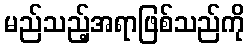
မည်သည့်အရာဖြစ်သည်ကို